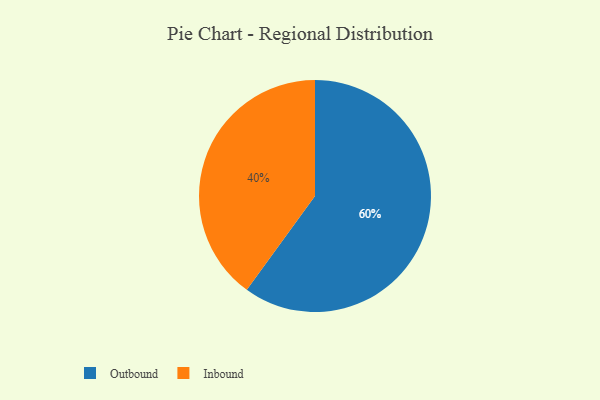
{"axis": {"x": "Category", "y": "Percentage"}, "legend": ["Inbound", "Outbound"], "data": [{"x": "Outbound", "y": 60, "type": "Outbound"}, {"x": "Inbound", "y": 40, "type": "Inbound"}]}